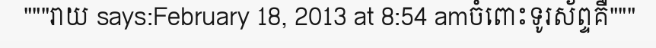
"""រាយ says:February 18, 2013 at 8:54 amចំពោះទូរស័ព្ទគឺ"""